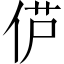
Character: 𫢠